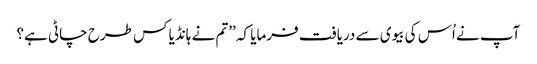
آپ نے اُس کی بیوی سے دریافت فرمایا کہ ’’تم نے ہانڈیا کس طرح چاٹی ہے؟